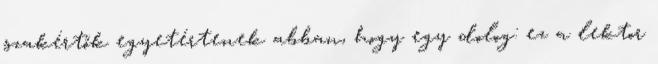
szakértők egyetértenek abban, hogy egy dolog: ez a lektor